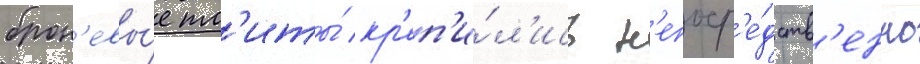
брон'евы́е пл'иты́ кр'еп'и́л'ись н'епоср'е́дств'енно